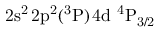
\mathrm { 2 s ^ { 2 } \, 2 p ^ { 2 } ( ^ { 3 } P ) \, 4 d ~ ^ { 4 } P _ { 3 / 2 } }